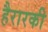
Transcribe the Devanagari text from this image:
हैरारकी